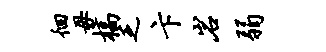
徊毋槁乏卞岩弱